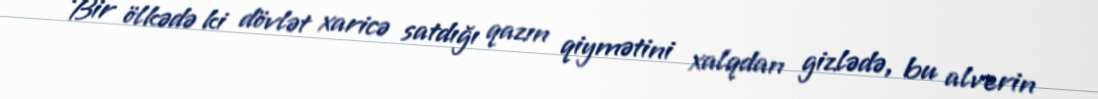
Bir ölkədə ki dövlət xaricə satdığı qazın qiymətini xalqdan gizlədə, bu alverin